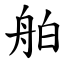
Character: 舶